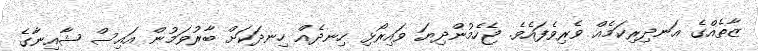
ޒާތެއްގެ އަނދިރިކަމެއް ވެރިވެފައެވެ. ޖެހެމުންދިޔަ ވައިރޯޅި ހިނދެއް ހިނދަކަށް ބާރުވަމުން އައިސް ޝާއިނާގެ